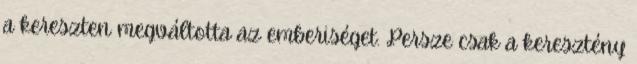
a kereszten megváltotta az emberiséget. Persze csak a keresztény